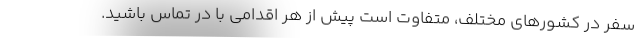
سفر در کشورهای مختلف، متفاوت است پیش از هر اقدامی با در تماس باشید.